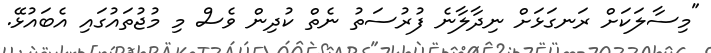
"މިސާލަކަށް ރަނގަޅަށް ނިދާލާނެ ފުރުސަތު ނެތް ކުދިން ވެސް މި މުޖުތައުގައި އެބައުޅޭ.